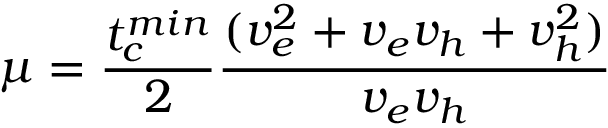
\mu = \frac { t _ { c } ^ { m i n } } { 2 } \frac { ( v _ { e } ^ { 2 } + v _ { e } v _ { h } + v _ { h } ^ { 2 } ) } { v _ { e } v _ { h } }